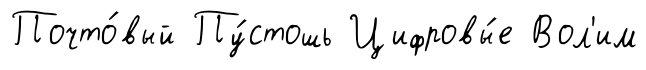
Почто́вый Пу́стошь Цифровы́е Вол'им